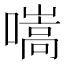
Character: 𡀢